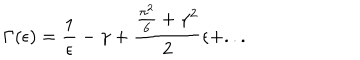
\Gamma ( \epsilon ) = \frac { 1 } { \epsilon } - \gamma + \frac { \frac { \pi ^ { 2 } } { 6 } + { \gamma } ^ { 2 } } { 2 } \epsilon + . . .